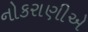
નોકરાણીએ